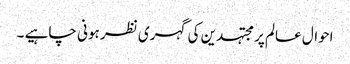
احوال عالم پر مجتہدین کی گہری نظر ہونی چاہیے ۔